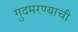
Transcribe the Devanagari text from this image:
गुदमरण्याची